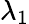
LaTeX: λ_{1}